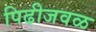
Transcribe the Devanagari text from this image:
पिढीजवळ